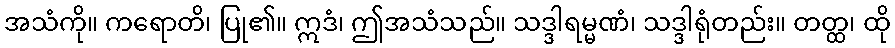
အသံကို။ ကရောတိ၊ ပြု၏။ ဣဒံ၊ ဤအသံသည်။ သဒ္ဒါရမ္မဏံ၊ သဒ္ဒါရုံတည်း။ တတ္ထ၊ ထို